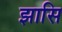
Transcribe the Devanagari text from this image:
झासि